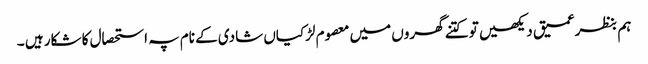
ہم بنظرعمیق دیکھیں تو کتنے گھروں میں معصوم لڑکیاں شادی کے نام پہ استحصال کا شکار ہیں ۔